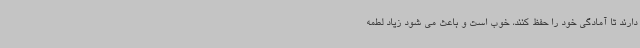
دارند تا آمادگی خود را حفظ کنند، خوب است و باعث می شود زیاد لطمه